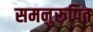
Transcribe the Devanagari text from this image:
समनुरूपित